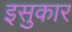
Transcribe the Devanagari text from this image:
इसुकार